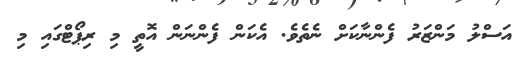
އަސްލު މަންޒަރު ފެންނާކަށް ނެތެވެ. އެކަން ފެންނަން އޮތީ މި ރިޕޯޓްގައި މި